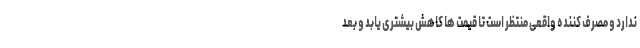
ندارد و مصرف کننده واقعی منتظر است تا قیمت ها کاهش بیشتری یابد و بعد